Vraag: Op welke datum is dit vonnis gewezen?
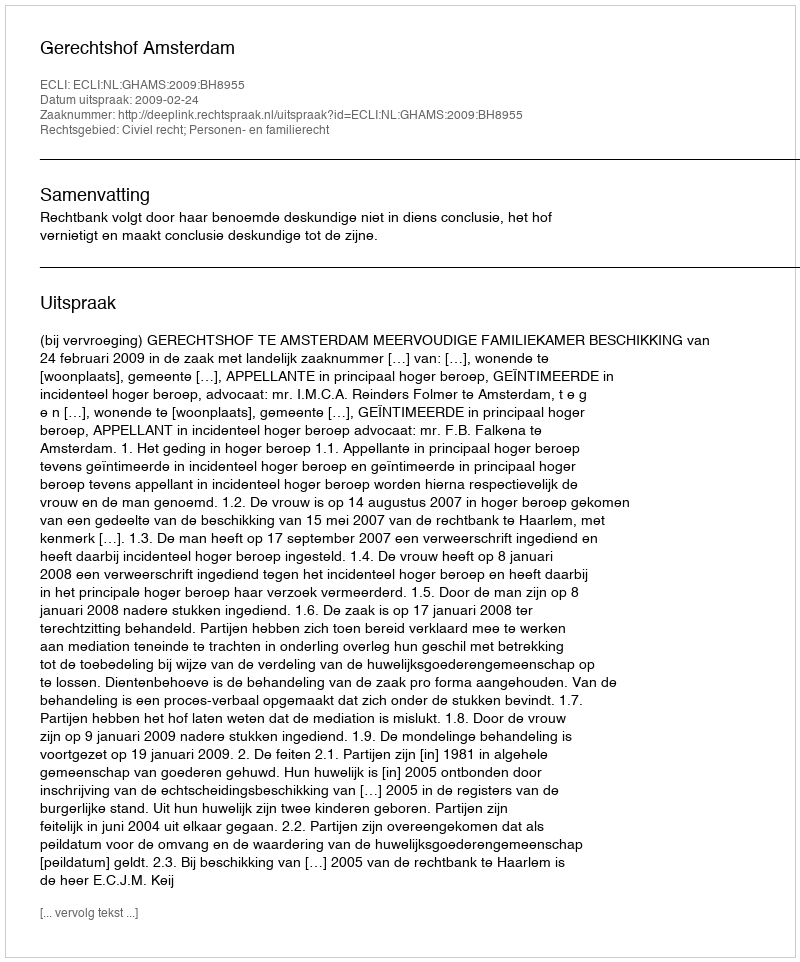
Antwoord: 2009-02-24